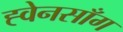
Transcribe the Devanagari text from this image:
ह्वेनसाँग